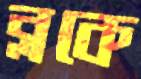
ব্লকে